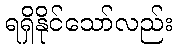
ရရှိနိုင်သော်လည်း